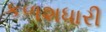
કળશધારી